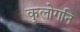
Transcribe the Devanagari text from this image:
कुलोगनि